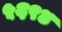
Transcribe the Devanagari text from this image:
५६९४